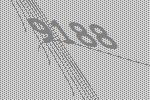
9188